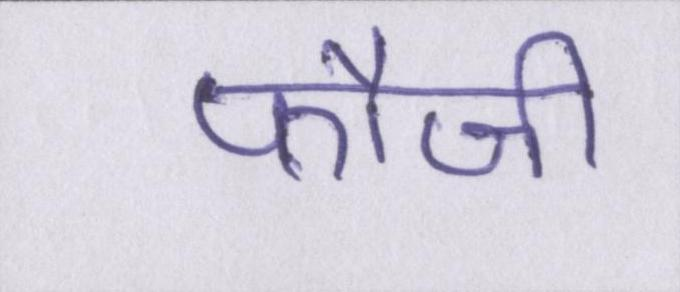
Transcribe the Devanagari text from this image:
फौजी